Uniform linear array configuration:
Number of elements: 32
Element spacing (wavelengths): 0.75
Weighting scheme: kaiser
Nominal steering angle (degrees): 15
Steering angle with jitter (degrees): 15.661
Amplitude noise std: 0.05
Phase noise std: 0.05

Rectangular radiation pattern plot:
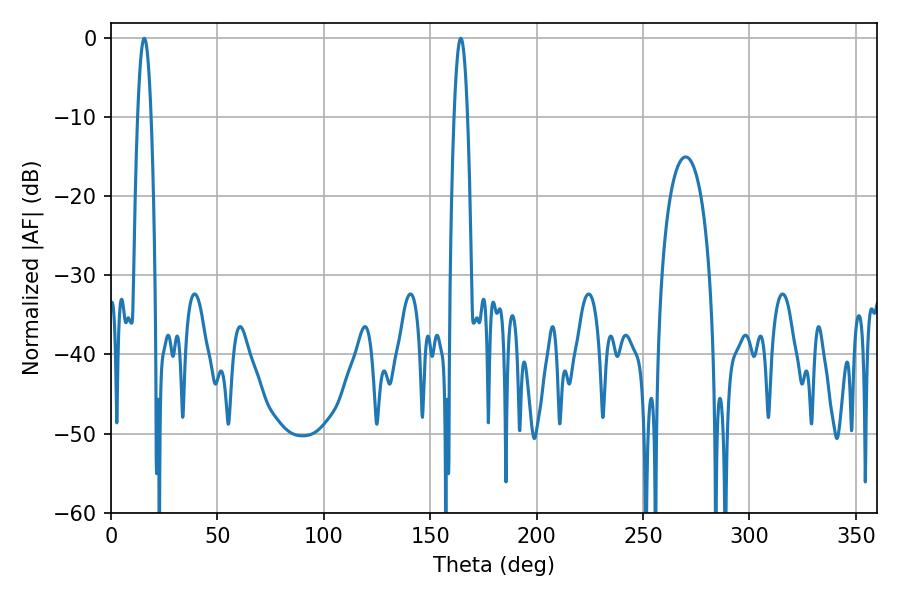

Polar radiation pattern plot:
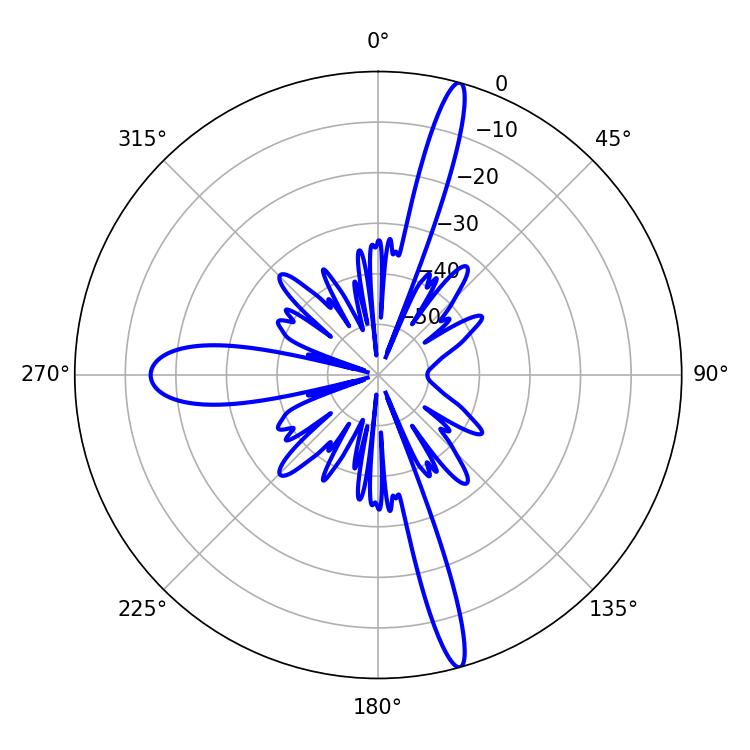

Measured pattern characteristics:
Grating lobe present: TRUE
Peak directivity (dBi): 18.359
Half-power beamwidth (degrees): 3.42
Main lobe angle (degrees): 164.34